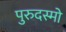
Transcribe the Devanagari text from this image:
पुरुदस्मो